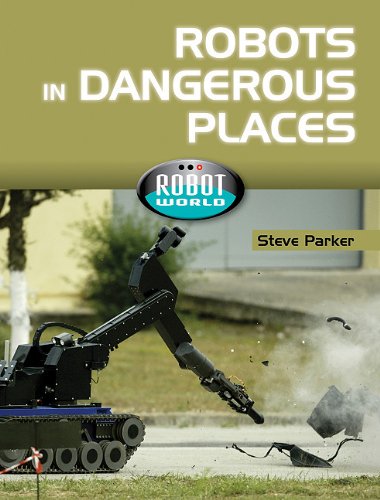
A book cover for Robots in Dangerous Places (Robot World); Steve Parker; Children's Books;